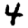
Digit: 4